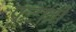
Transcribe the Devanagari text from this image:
फुटावी